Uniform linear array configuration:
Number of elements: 12
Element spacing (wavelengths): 1
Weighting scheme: blackman
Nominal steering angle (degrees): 45
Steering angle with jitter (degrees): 46.989
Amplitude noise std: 0.05
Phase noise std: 0.05

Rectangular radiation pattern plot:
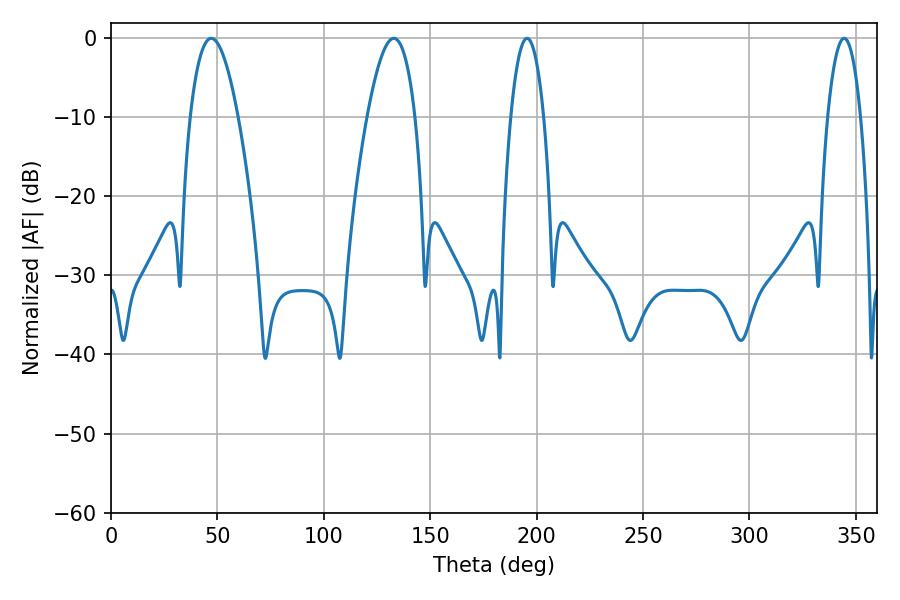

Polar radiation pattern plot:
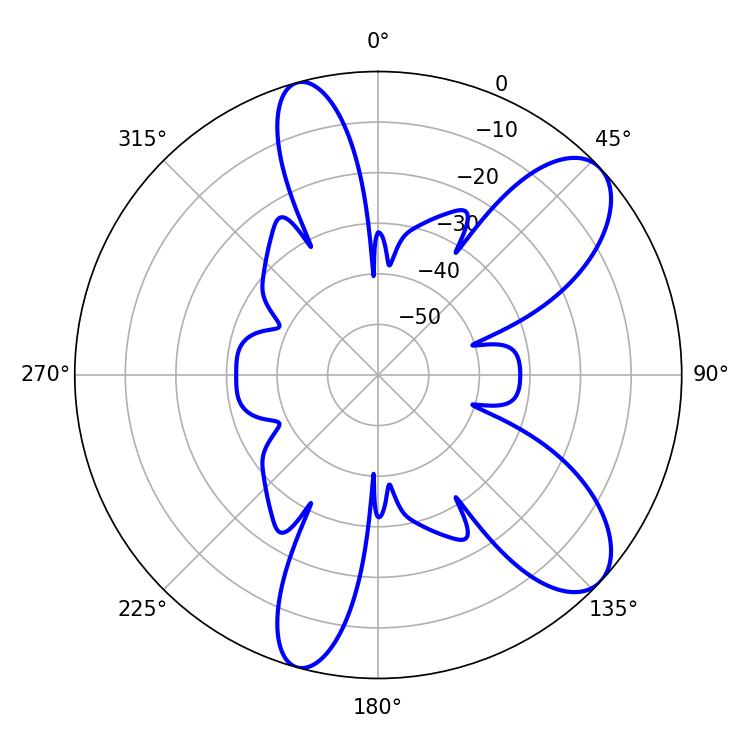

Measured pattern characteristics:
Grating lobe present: TRUE
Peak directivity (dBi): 8.931
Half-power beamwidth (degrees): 8.64
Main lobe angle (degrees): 195.48